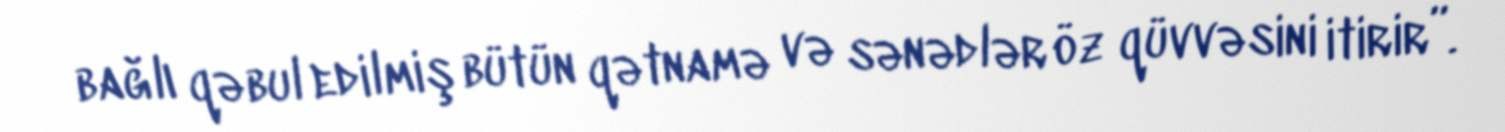
bağlı qəbul edilmiş bütün qətnamə və sənədlər öz qüvvəsini itirir”.